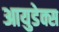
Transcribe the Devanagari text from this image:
आयुडेक्स